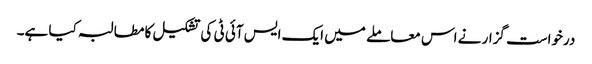
درخواست گزار نے اس معاملے میں ایک ایس آئی ٹی کی تشکیل کا مطالبہ کیا ہے۔